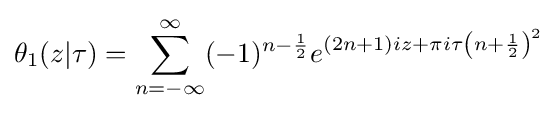
\theta _{1}(z|\tau )=\displaystyle \sum _{n=-\infty }^{\infty }(-1)^{n-{\frac {1}{2}}}e^{(2n+1)iz+\pi i\tau \left(n+{\frac {1}{2}}\right)^{2}}